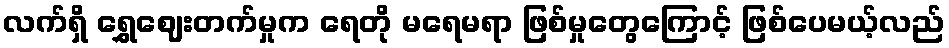
လက်ရှိ ရွှေဈေးတက်မှုက ရေတို မရေမရာ ဖြစ်မှုတွေကြောင့် ဖြစ်ပေမယ့်လည်